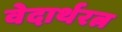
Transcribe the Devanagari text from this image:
वेदार्थरत्न